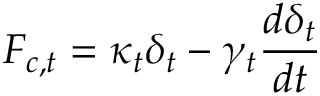
F _ { c , t } = \kappa _ { t } \delta _ { t } - \gamma _ { t } \frac { d \delta _ { t } } { d t }